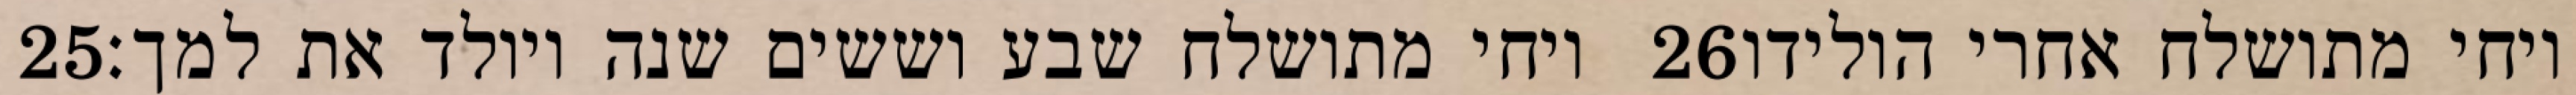
‎25‏ ויחי מתושלח שבע וששים שנה ויולד את למך׃ ‎26‏ ויחי מתושלח אחרי הולידו